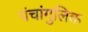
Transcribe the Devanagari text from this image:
पंचांगुलिक